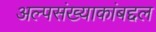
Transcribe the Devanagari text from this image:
अल्पसंख्याकांबद्दल